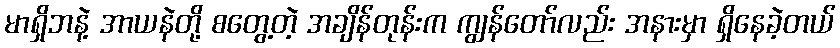
မာရှိဘနဲ့ အာယနဲတို့ စတွေ့တဲ့ အချိန်တုန်းက ကျွန်တော်လည်း အနားမှာ ရှိနေခဲ့တယ်